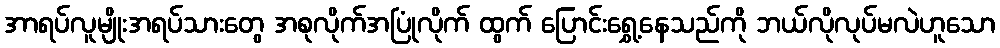
အာရပ်လူမျိုးအရပ်သားတွေ အစုလိုက်အပြုံလိုက် ထွက် ပြောင်းရွှေ့နေသည်ကို ဘယ်လိုလုပ်မလဲဟူသော